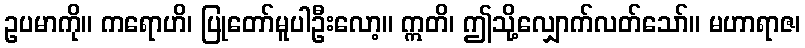
ဥပမာကို။ ကရောဟိ၊ ပြုတော်မူပါဦးလော့။ ဣတိ၊ ဤသို့လျှောက်လတ်သော်။ မဟာရာဇ၊